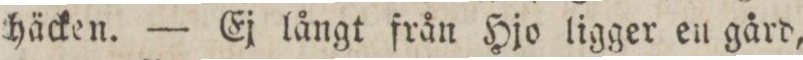
häcken. — Ej långt från Hjo ligger en gård,